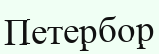
Петербор